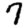
Digit: 7